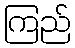
ကြည်